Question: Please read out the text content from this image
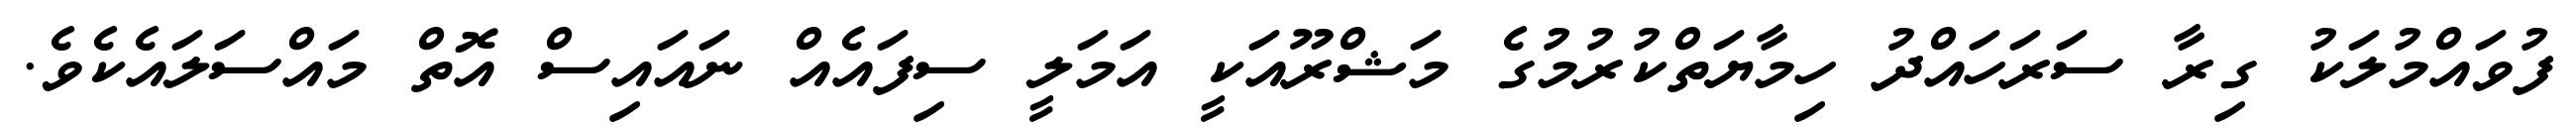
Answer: ފުވައްމުލަކު ގިރާ ސަރަހައްދު ހިމާޔަތްކުރުމުގެ މަޝްރޫއަކީ އަމަލީ ސިފައެއް ނައައިސް އޮތް މައްސަލައެކެވެ.